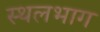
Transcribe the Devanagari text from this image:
स्थलभाग